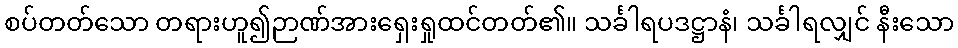
စပ်တတ်သော တရားဟူ၍ဉာဏ်အားရှေးရှုထင်တတ်၏။ သင်္ခါရပဒဋ္ဌာနံ၊ သင်္ခါရလျှင် နီးသော